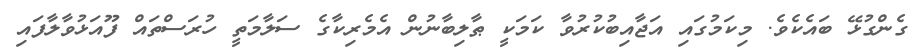
ގެންގުޅޭ ބައެކެވެ. މިކަމުގައި އަޖާއިބުކުރުވާ ކަމަކީ ޠާލިބާނުން އެމެރިކާގެ ސަލާމަތީ ހުރަސްތައް ފޫއަޅުވާލާފައި